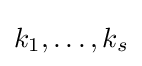
k_{1},\dots ,k_{s}